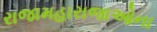
રાજામહારાજાઓના